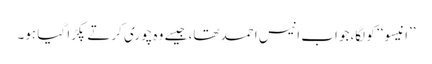
’’انیسو‘‘ کو لگا،جو اب انیس احمد تھا، جیسے وہ چوری کرتے پکڑا گیا ہو۔